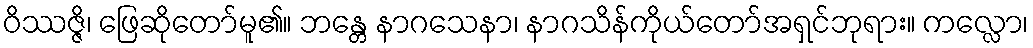
ဝိဿဇ္ဇိ၊ ဖြေဆိုတော်မူ၏။ ဘန္တေ နာဂသေနာ၊ နာဂသိန်ကိုယ်တော်အရှင်ဘုရား။ ကလ္လော၊